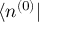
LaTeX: \langle n ^ { ( 0 ) } |